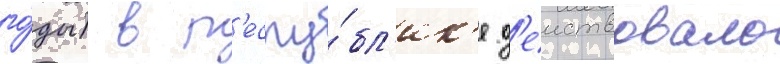
го́ды) в р'еспу́бл'ик'е д'еиствовало